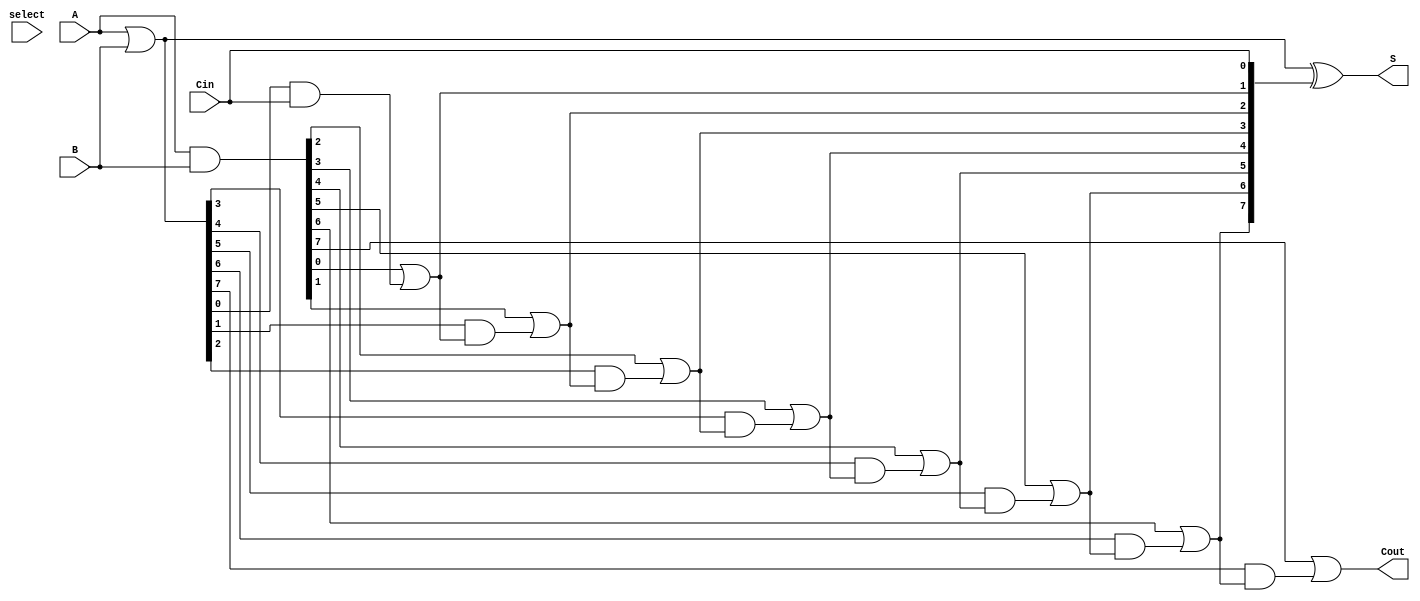
module VariableLatencyCLAA #(
    parameter N = 8 // Parameter for the bit-width of the inputs
)(
    input  [N-1:0] A,    // First n-bit input
    input  [N-1:0] B,    // Second n-bit input
    input          Cin,   // Carry-in
    input          select, // Control signal for variable latency
    output [N-1:0] S,     // n-bit sum output
    output         Cout    // Carry-out
);
    wire [N-1:0] G; // Generate signals
    wire [N-1:0] P; // Propagate signals
    wire [N:0] C;   // Carry signals

    // Generate and Propagate calculations
    assign G = A & B;          // G[i] = A[i] & B[i]
    assign P = A | B;          // P[i] = A[i] | B[i]

    // Carry calculations
    assign C[0] = Cin; // C[0] = Cin
    genvar i;
    generate
        for (i = 1; i <= N; i = i + 1) begin : carry_calc
            assign C[i] = G[i-1] | (P[i-1] & C[i-1]); // C[i] = G[i-1] | (P[i-1] & C[i-1])
        end
    endgenerate

    // Sum calculations
    assign S = P ^ C[N-1:0]; // S[i] = P[i] ^ C[i]

    // Variable latency control (simple example)
    // This can be expanded to include more complex logic based on the select signal
    assign Cout = select ? C[N] : C[N]; // Adjust Cout based on select signal

endmodule